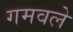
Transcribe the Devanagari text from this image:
गमवले